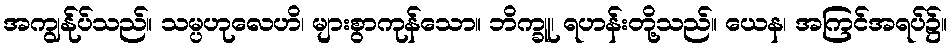
အကျွန်ုပ်သည်။ သမ္ပဟုလေဟိ၊ များစွာကုန်သော။ ဘိက္ခူ၊ ရဟန်းတို့သည်။ ယေန၊ အကြင်အရပ်၌။